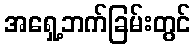
အရှေ့ဘက်ခြမ်းတွင်